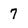
Character: 7